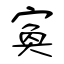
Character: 寏